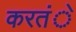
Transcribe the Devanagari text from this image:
करतंे